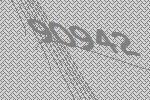
90942